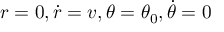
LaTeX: r = 0 , { \dot { r } } = v , \theta = \theta _ { 0 } , { \dot { \theta } } = 0